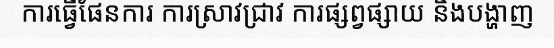
ការធ្វើផែនការ ការស្រាវជ្រាវ ការផ្សព្វផ្សាយ និងបង្ហាញ